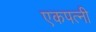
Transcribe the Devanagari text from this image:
एकपत्‍नी